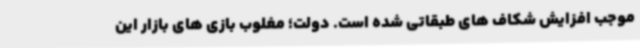
موجب افزایش شکاف های طبقاتی شده است. دولت؛ مغلوب بازی های بازار این